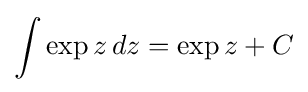
\int \exp z\,dz=\exp z+C